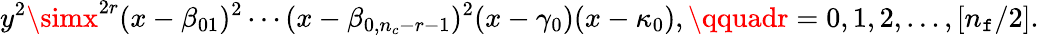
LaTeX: y^{2}\simx^{2r}(x-\beta_{01})^{2}\cdots(x-\beta_{0,n_{c}-r-1})^{2}(x-\gamma_{0})(x-\kappa_{0}),\qquadr=0,1,2,\ldots,[n_{\mathtt{f}}/2].